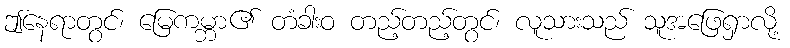
ဤနေရာတွင်၊ မြေကမ္ဘာ၏ တံခါးဝ တည့်တည့်တွင်၊ လူသားသည် သူအဖြေရှာလို့